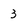
Character: 3